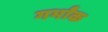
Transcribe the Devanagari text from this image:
गर्भांक